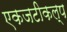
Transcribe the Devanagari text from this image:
एकजटीकल्प